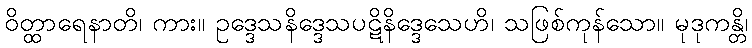
ဝိတ္ထာရေနာတိ၊ ကား။ ဥဒ္ဒေသနိဒ္ဒေသပဋိနိဒ္ဒေသေဟိ၊ သဖြစ်ကုန်သော။ မုဒုကန္တိ၊